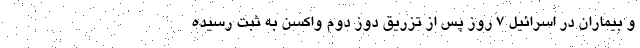
و بیماران در اسرائیل 7 روز پس از تزریق دوز دوم واکسن به ثبت رسیده